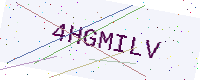
Text: 4HGMILV